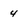
Character: 4